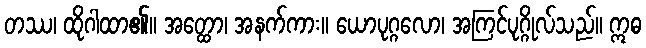
တဿ၊ ထိုဂါထာ၏။ အတ္ထော၊ အနက်ကား။ ယောပုဂ္ဂလော၊ အကြင်ပုဂ္ဂိုလ်သည်။ ဣဓ